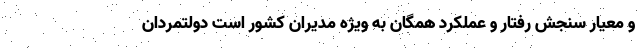
و معیار سنجش رفتار و عملکرد همگان به ویژه مدیران کشور است دولتمردان